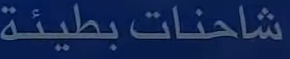
شاحنات-بطيئة